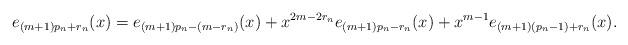
LaTeX: \begin{align*}e_{(m+1)p_n+r_n}(x)=e_{(m+1)p_n-(m-r_n)}(x)+x^{2m-2r_n}e_{(m+1)p_n-r_n}(x)+x^{m-1}e_{(m+1)(p_n-1)+r_n}(x).\end{align*}